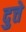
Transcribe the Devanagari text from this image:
दुत्ते